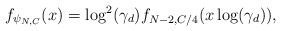
\begin{align*}f_{\psi_{N,C}}(x) = \log^2(\gamma_d) f_{N - 2,C/4}(x\log(\gamma_d)),\end{align*}